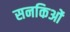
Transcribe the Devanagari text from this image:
सनकिओं